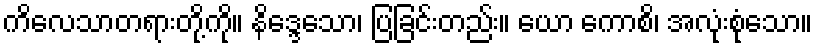
ကိလေသာတရားတို့ကို။ နိဒ္ဒေသော၊ ပြခြင်းတည်း။ ယော ကောစိ၊ အလုံးစုံသော။